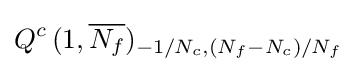
Q^{c}\,(1,{\overline {N_{f}}})_{-1/N_{c},(N_{f}-N_{c})/N_{f}}